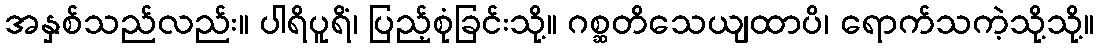
အနှစ်သည်လည်း။ ပါရိပူရိံ၊ ပြည့်စုံခြင်းသို့။ ဂစ္ဆတိသေယျထာပိ၊ ရောက်သကဲ့သို့သို့။